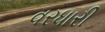
વરધારી